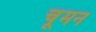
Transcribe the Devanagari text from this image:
चूमन